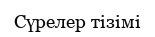
Сүрелер тізімі